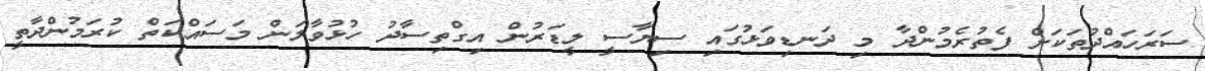
ސަރަހައްދުތަކަށް ފެތުރެމުންދާ މި ދަނޑިވަޅުގައި ސިޔާސީ ލީޑަރުން އިގްތިސާދު ހުޅުވާލަން މަސައްކަތް ކުރަމުންދާތީ